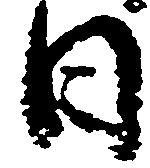
日